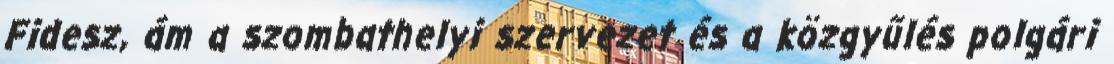
Fidesz, ám a szombathelyi szervezet és a közgyűlés polgári